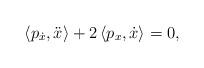
LaTeX: \begin{align*}\left\langle p_{\dot{x}},\ddot{x}\right\rangle +2\left\langle p_{x},\dot{x} \right\rangle =0, \end{align*}